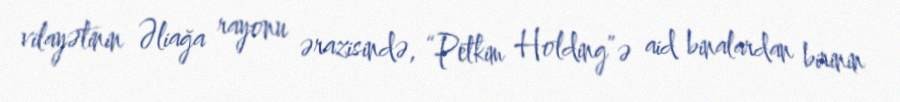
vilayətinin Əliağa rayonu ərazisində, “Petkim Holding”ə aid binalardan birinin